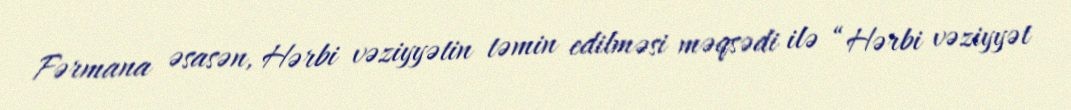
Fərmana əsasən, Hərbi vəziyyətin təmin edilməsi məqsədi ilə “Hərbi vəziyyət